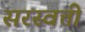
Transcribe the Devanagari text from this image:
सरस्वत्ती